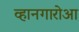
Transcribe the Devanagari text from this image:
व्हानगारोआ